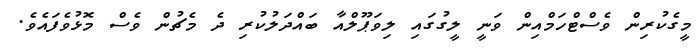
މީގެކުރިން ވެސްޓްހަމްއިން ވަނީ ލީގުގައި ލިވަޕޫލްއާ ބައްދަލުކުރި ދެ މެޗުން ވެސް މޮޅުވެފައެވެ.